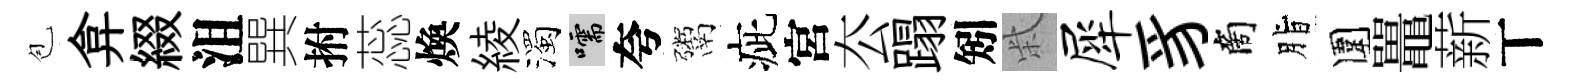
苞弇綴沮巽拊蕊煥綾濁嚅夸鬻疵宮厺蹋矧柴犀豸商脂圍鼉薪丅